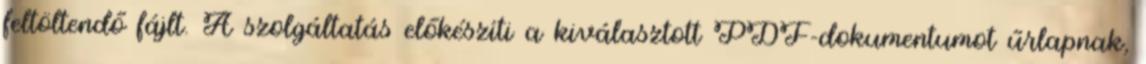
feltöltendő fájlt. A szolgáltatás előkészíti a kiválasztott PDF-dokumentumot űrlapnak,